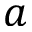
a